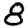
Digit: 8